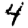
Digit: 4